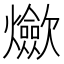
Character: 𱬬